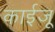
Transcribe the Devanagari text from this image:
काईजू